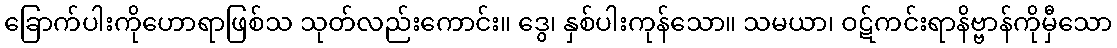
ခြောက်ပါးကိုဟောရာဖြစ်သ သုတ်လည်းကောင်း။ ဒွေ၊ နှစ်ပါးကုန်သော။ သမယာ၊ ဝဋ်ကင်းရာနိဗ္ဗာန်ကိုမှီသော